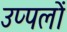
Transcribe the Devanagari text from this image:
उप्पलों